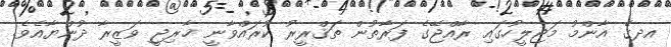
އދގެ އާންމު މަޖިލީހުގައި ރާއްޖޭގެ ފަރާތުން ތަޤްރީރު ކުރައްވާނީ ޚާރިޖީ ވަޒީރާ ދުންޔާއެވެ.